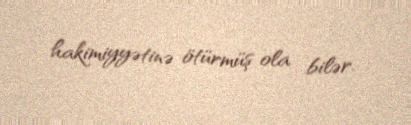
hakimiyyətinə ötürmüş ola bilər.